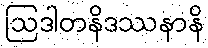
ဩဒါတနိဒဿနာနိ